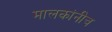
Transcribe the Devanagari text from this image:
मालकांनीच